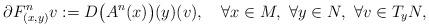
LaTeX: \begin{align*} \partial F^n_{(x,y)}v:= D\big(A^n(x)\big)(y)(v), \quad\forall x\in M,\ \forall y \in N,\ \forall v\in T_yN,\end{align*}